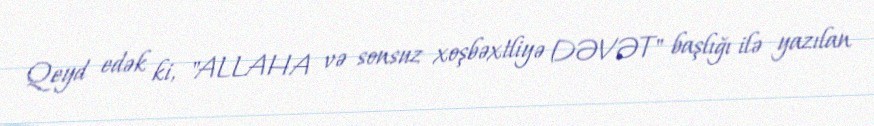
Qeyd edək ki, "ALLAHA və sonsuz xoşbəxtliyə DƏVƏT" başlığı ilə yazılan